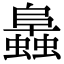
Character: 䘀